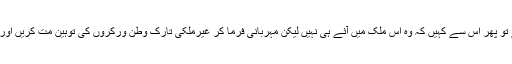
اگر اس کی کوئی ضرورت نہیں ہے تو پھر اس سے کہیں کہ وہ اس ملک میں آئے ہی نہیں لیکن مہربانی فرما کر غیرملکی تارک وطن ورکروں کی توہین مت کریں اور ان کے وقار کو ٹھیس مت پہنچائیں۔